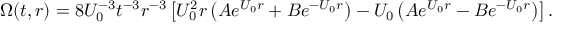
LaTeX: \Omega ( t , r ) = 8 U _ { 0 } ^ { - 3 } t ^ { - 3 } r ^ { - 3 } \left[ U _ { 0 } ^ { 2 } r \left( A e ^ { U _ { 0 } r } + B e ^ { - U _ { 0 } r } \right) - U _ { 0 } \left( A e ^ { U _ { 0 } r } - B e ^ { - U _ { 0 } r } \right) \right] .